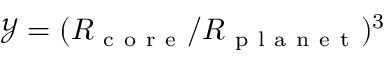
\mathcal Y = ( R _ { \mathrm { ~ c ~ o ~ r ~ e ~ } } / R _ { \mathrm { ~ p ~ l ~ a ~ n ~ e ~ t ~ } } ) ^ { 3 }